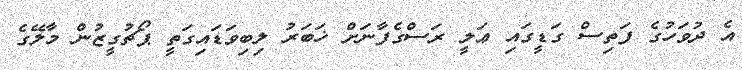
އެ ދުވަހުގެ ފަތިސް ގަޑީގައި ޢަލީ ރަސްގެފާނަށް ޚަބަރު ލިބިވަޑައިގަތީ ޕޯޗުގީޒުން މާލޭގެ